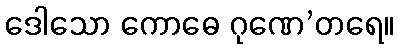
ဒေါသော ကောဓေ ဂုဏေ’တရေ။